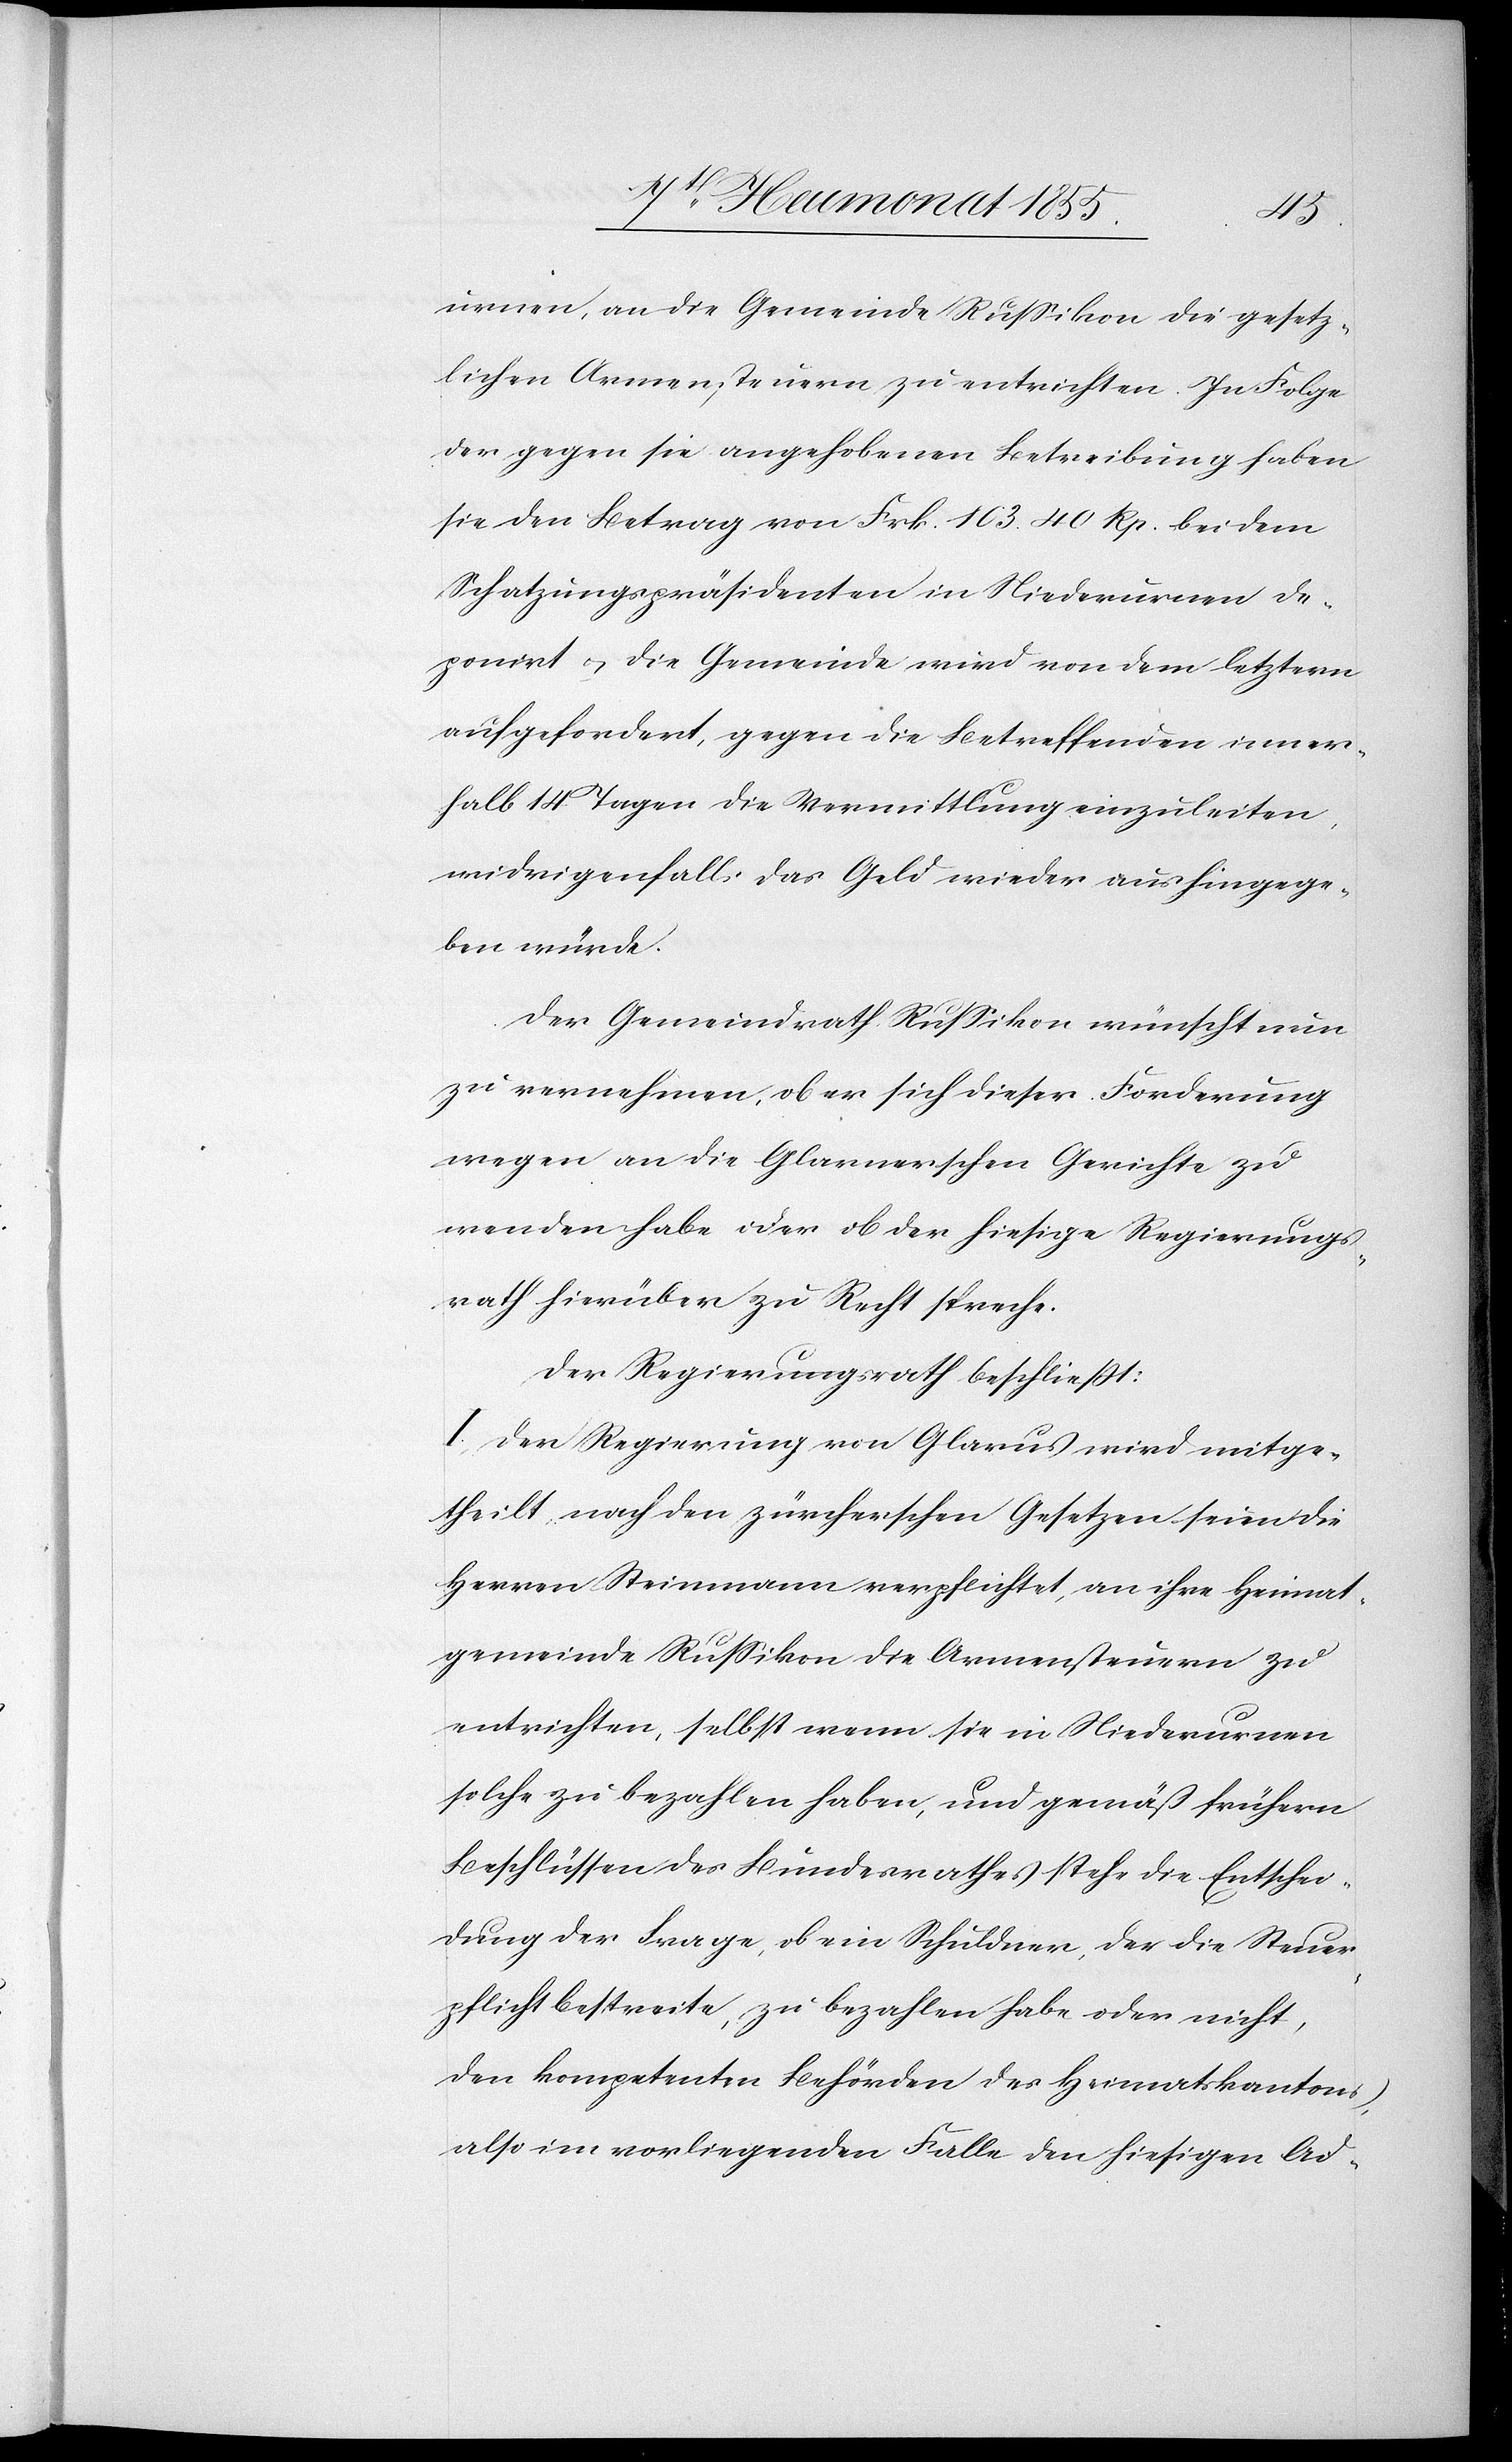
urnen, an die Gemeinde Russikon die gesetz¬
lichen Armensteuern zu entrichten. In Folge
der gegen sie angehobenen Betreibung haben
sie den Betrag von Frk. 103. 40 Rp. bei dem
Schatzungspräsidenten in Niederurnen de¬
ponirt & die Gemeinde wird von dem letztern
aufgefordert, gegen die Betreffenden inner¬
halb 14 Tagen die Vermittlung einzuleiten,
widrigenfalls das Geld wieder aushingege¬
ben würde.
Der Gemeindrath Russikon wünscht nun
zu vernehmen, ob er sich dieser Forderung
wegen an die Glarnerschen Gerichte zu
wenden habe oder ob der hiesige Regierungs¬
rath hierüber zu Recht spreche.
Der Regierungsrath beschließt:
I, Der Regierung von Glarus wird mitge¬
theilt, nach den zürcherschen Gesetzen seien die
Herren Steinmann verpflichtet, an ihre Heimat¬
gemeinde Russikon die Armensteuern zu
entrichten, selbst wenn sie in Niederurnen
solche zu bezahlen haben, und gemäß frühern
Beschlüssen des Bundesrathes stehe die Entschei¬
dung der Frage, ob ein Schuldner, der die Steuer¬
pflicht bestreite, zu bezahlen habe oder nicht,
den kompetenten Behörden des Heimatskantons,
also im vorliegenden Falle den hiesigen Ad-